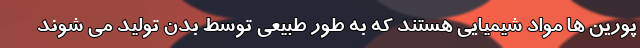
پورین ها مواد شیمیایی هستند که به طور طبیعی توسط بدن تولید می شوند